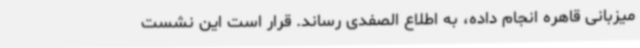
میزبانی قاهره انجام داده، به اطلاع الصفدی رساند. قرار است این نشست